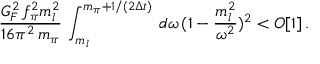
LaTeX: \frac { G _ { F } ^ { 2 } \, f _ { \pi } ^ { 2 } m _ { l } ^ { 2 } } { 1 6 \pi ^ { 2 } \, m _ { \pi } } \, \int _ { m _ { l } } ^ { m _ { \pi } + 1 / ( 2 \Delta t ) } \, d \omega \, ( 1 - \frac { m _ { l } ^ { 2 } } { \omega ^ { 2 } } ) ^ { 2 } < O [ 1 ] \, .